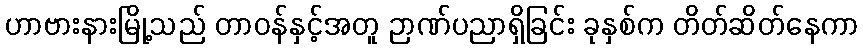
ဟာဗားနားမြို့သည် တာဝန်နှင့်အတူ ဉာဏ်ပညာရှိခြင်း ခုနှစ်က တိတ်ဆိတ်နေကာ